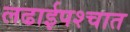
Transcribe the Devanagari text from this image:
लढाईपश्चात